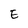
Character: E